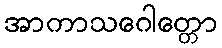
အာကာသဂေါတ္တော